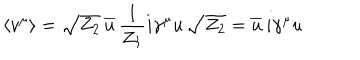
\langle v ^ { \mu } \rangle = \sqrt { Z _ { 2 } } \, \overline { { { u } } } \, { \frac { 1 } { Z _ { 1 } } } i \gamma ^ { \mu } u \, \sqrt { Z _ { 2 } } = \overline { { { u } } } \, i \gamma ^ { \mu } u